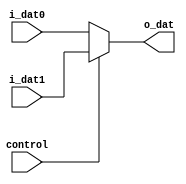
module mux2in1	(input		[31:0]	i_dat0, i_dat1, 
		 input			control,
		 output	reg	[31:0]	o_dat);
 		 
	always @(*) 
		if (!control)
			o_dat = i_dat0;
		else
			o_dat = i_dat1;	
  
endmodule